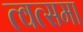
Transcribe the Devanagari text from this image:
त्वत्समा